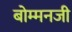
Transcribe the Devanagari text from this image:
बोम्मनजी